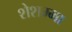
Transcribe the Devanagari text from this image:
शेशम्मा